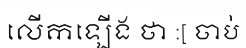
លើកឡើង ថា :[ ចាប់